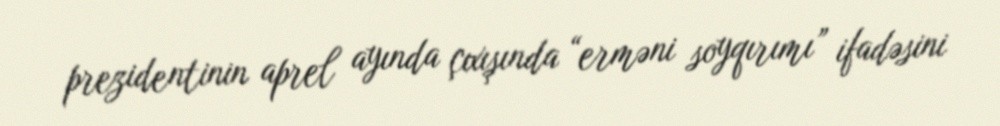
prezidentinin aprel ayında çıxışında “erməni soyqırımı” ifadəsini